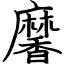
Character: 黁